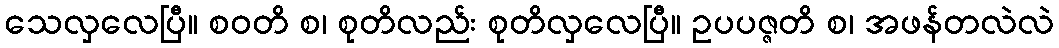
သေလှလေပြီ။ စဝတိ စ၊ စုတိလည်း စုတိလှလေပြီ။ ဥပပဇ္ဇတိ စ၊ အဖန်တလဲလဲ